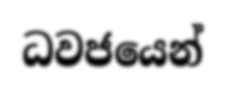
ධවජයෙන්